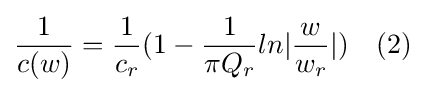
{\frac {1}{c(w)}}={\frac {1}{c_{r}}}(1-{\frac {1}{\pi Q_{r}}}ln|{\frac {w}{w_{r}}}|)\quad (2)